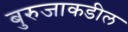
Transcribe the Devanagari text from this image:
बुरुजाकडील